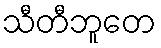
သီတီဘူတေ